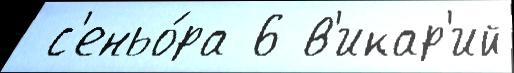
 с'еньо́ра 6 в'икар'ий